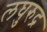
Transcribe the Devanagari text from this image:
लघुरुद्र